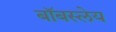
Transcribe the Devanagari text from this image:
बॉबस्लेय